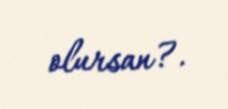
olursan?.